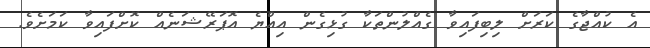
އެ ކުއްޖާގެ ކަރަށް ލިބިފައިވާ ގެއްލުންތަކާ ގުޅިގެން އިއްޔެ އޮޕަރޭޝަނެއް ކޮށްފައިވާ ކަމަށެވެ.